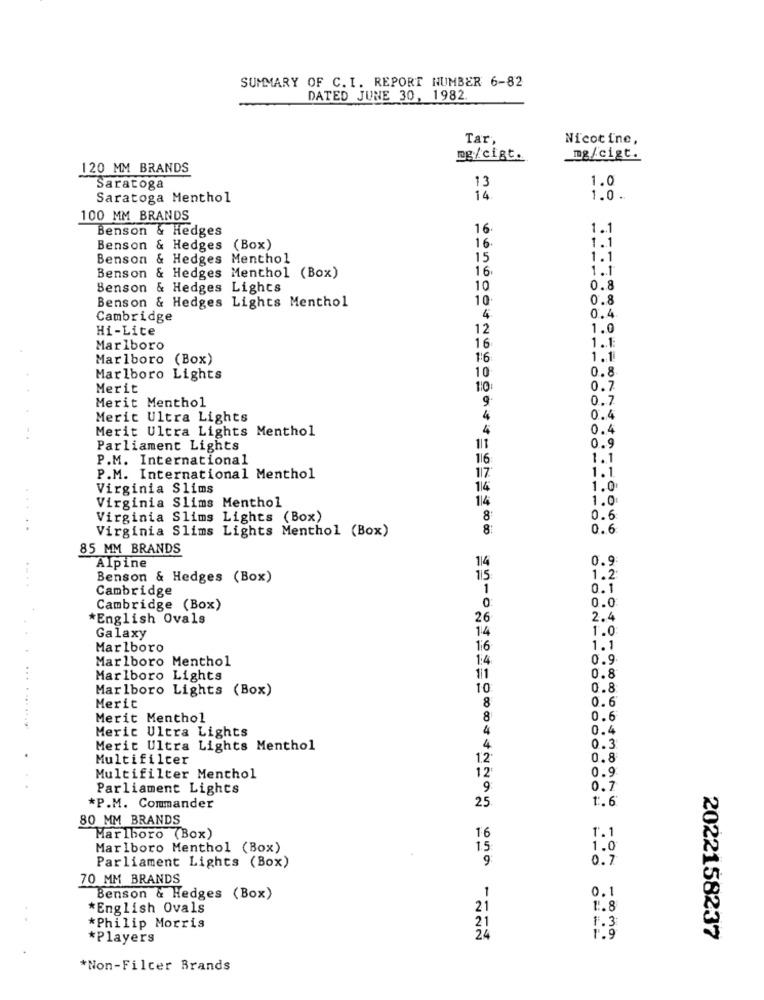
SUMMARY OF C.I. REPORT NUMBER 6-82
DATED JUNE 30, 1982
Tar
Nicotine,
mg/cigt.
mg/cigt.
120 MM BRANDS
1.0
Saratoga
13
Saratoga Menthol
14
1.0.
100 MM BRANDS
Benson & Hedges
16
1.1
16
Benson & Hedges (Box)
1.1
Benson & Hedges Menthol
15
1.1
16
1.1
Benson & Hedges Menthol (Box)
Benson & Hedges Lights
10
0.8
Benson & Hedges Lights Menthol
10
0.8
0.4
Cambridge
4
Hi-Lite
12
1.0
Marlboro
16
1.1
Marlboro (Box)
1:6
1.1
10
0.8
Marlboro Lights
Merit
1:0
0.7
Merit Menthol
9
0.7
Merit Ultra Lights
4
0.4
Merit Ultra Lights Menthol
4
0.4
Parliament Lights
111
0.9
P.M. International
116
1.1
P.M. International Menthol
117
1.1
Virginia Slims
114
1.0
Virginia Slims Menthol
114
1.0
Virginia Slims Lights (Box)
0.6
....
Virginia Slims Lights Menthol (Box)
8:
0.6
85 MM BRANDS
114
0.9
Alpine
Benson & Hedges (Box)
115
1.2
Cambridge
1
0.1
0.0
Cambridge (Box)
0:
*English Ovals
26
2.4
14
1.0
Galaxy
Marlboro
1:6
1.1
Marlboro Menthol
1:4
0.9
Marlboro Lights
111
0.8
Marlboro Lights (Box)
10
0.8
Merit
0.6
8
Merit Menthol
8
0.6
Merit Ultra Lights
4
0.4
Merit Ultra Lights Menthol
4
0.3
Multifilter
1.2
0.8
12
0.9
Multifilter Menthol
Parliament Lights
9:
0.7
25
1.6
*P.M. Commander
80 MM BRANDS
Marlboro (Box)
16
1.1
Marlboro Menthol (Box)
1.5
1.0
0.
Parliament Lights (Box)
9
70 MM BRANDS
Benson & Hedges (Box)
1
0.1
*English Ovals
21
1.8
21
*Philip Morris
*Players
24
2022158237
*Non-Filcer Brands